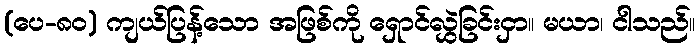
(ပေ-၈၀) ကျယ်ပြန့်သော အဖြစ်ကို ရှောင်လွှဲခြင်းငှာ။ မယာ၊ ငါသည်။